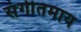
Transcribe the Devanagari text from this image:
संगीतमाय